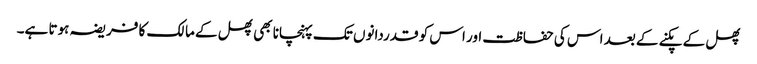
پھل کے پکنے کے بعد اس کی حفاظت اور اس کو قدردانوں تک پہنچانا بھی پھل کے مالک کا فریضہ ہوتا ہے۔